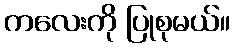
ကလေးကို ပြုစုမယ်။